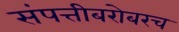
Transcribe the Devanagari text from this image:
संपत्तीबरोबरच